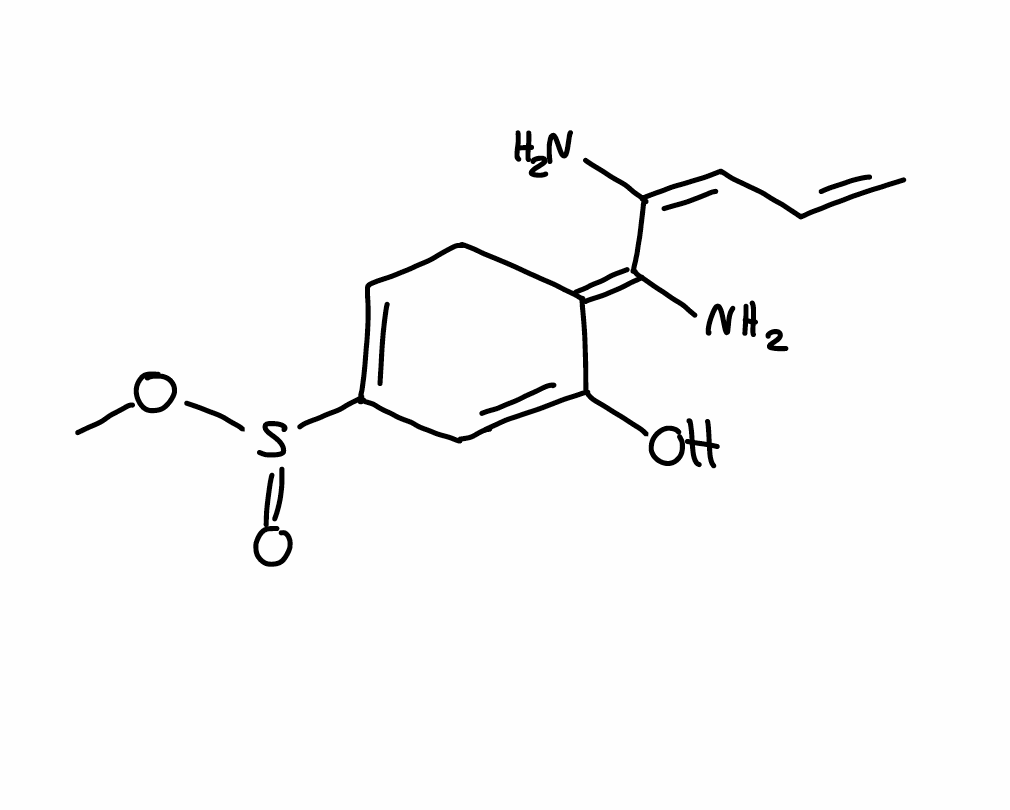
Simplified molecular-input line-entry system (SMILES) notation of the given molecule:
COS(=O)C1=CC/C(=C(\C(=C/C=C)\N)/N)/C(=C1)O